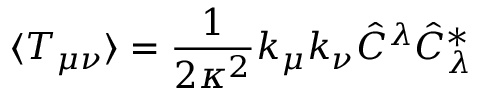
\langle T _ { \mu \nu } \rangle = \frac { 1 } { 2 \kappa ^ { 2 } } k _ { \mu } k _ { \nu } \hat { C } ^ { \lambda } \hat { C } _ { \lambda } ^ { * }